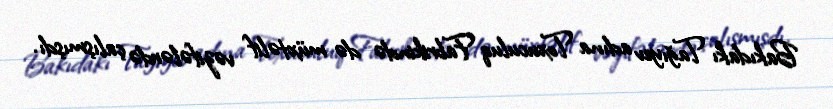
Bakıdakı Tağıyev adına Toxuculuq Fabrikində də müxtəlif vəzifələrdə çalışmışdı.